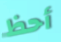
أحظ